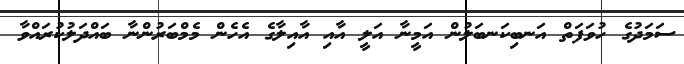
ސަމަދުގެ ހުވަފަތް އަނބިކަނބަލުން އަމީނާ އަލީ އާއި އާއިލާގެ އެހެން މެމްބަރުންނާ ބައްދަލުކުރައްވާ